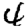
Digit: 4